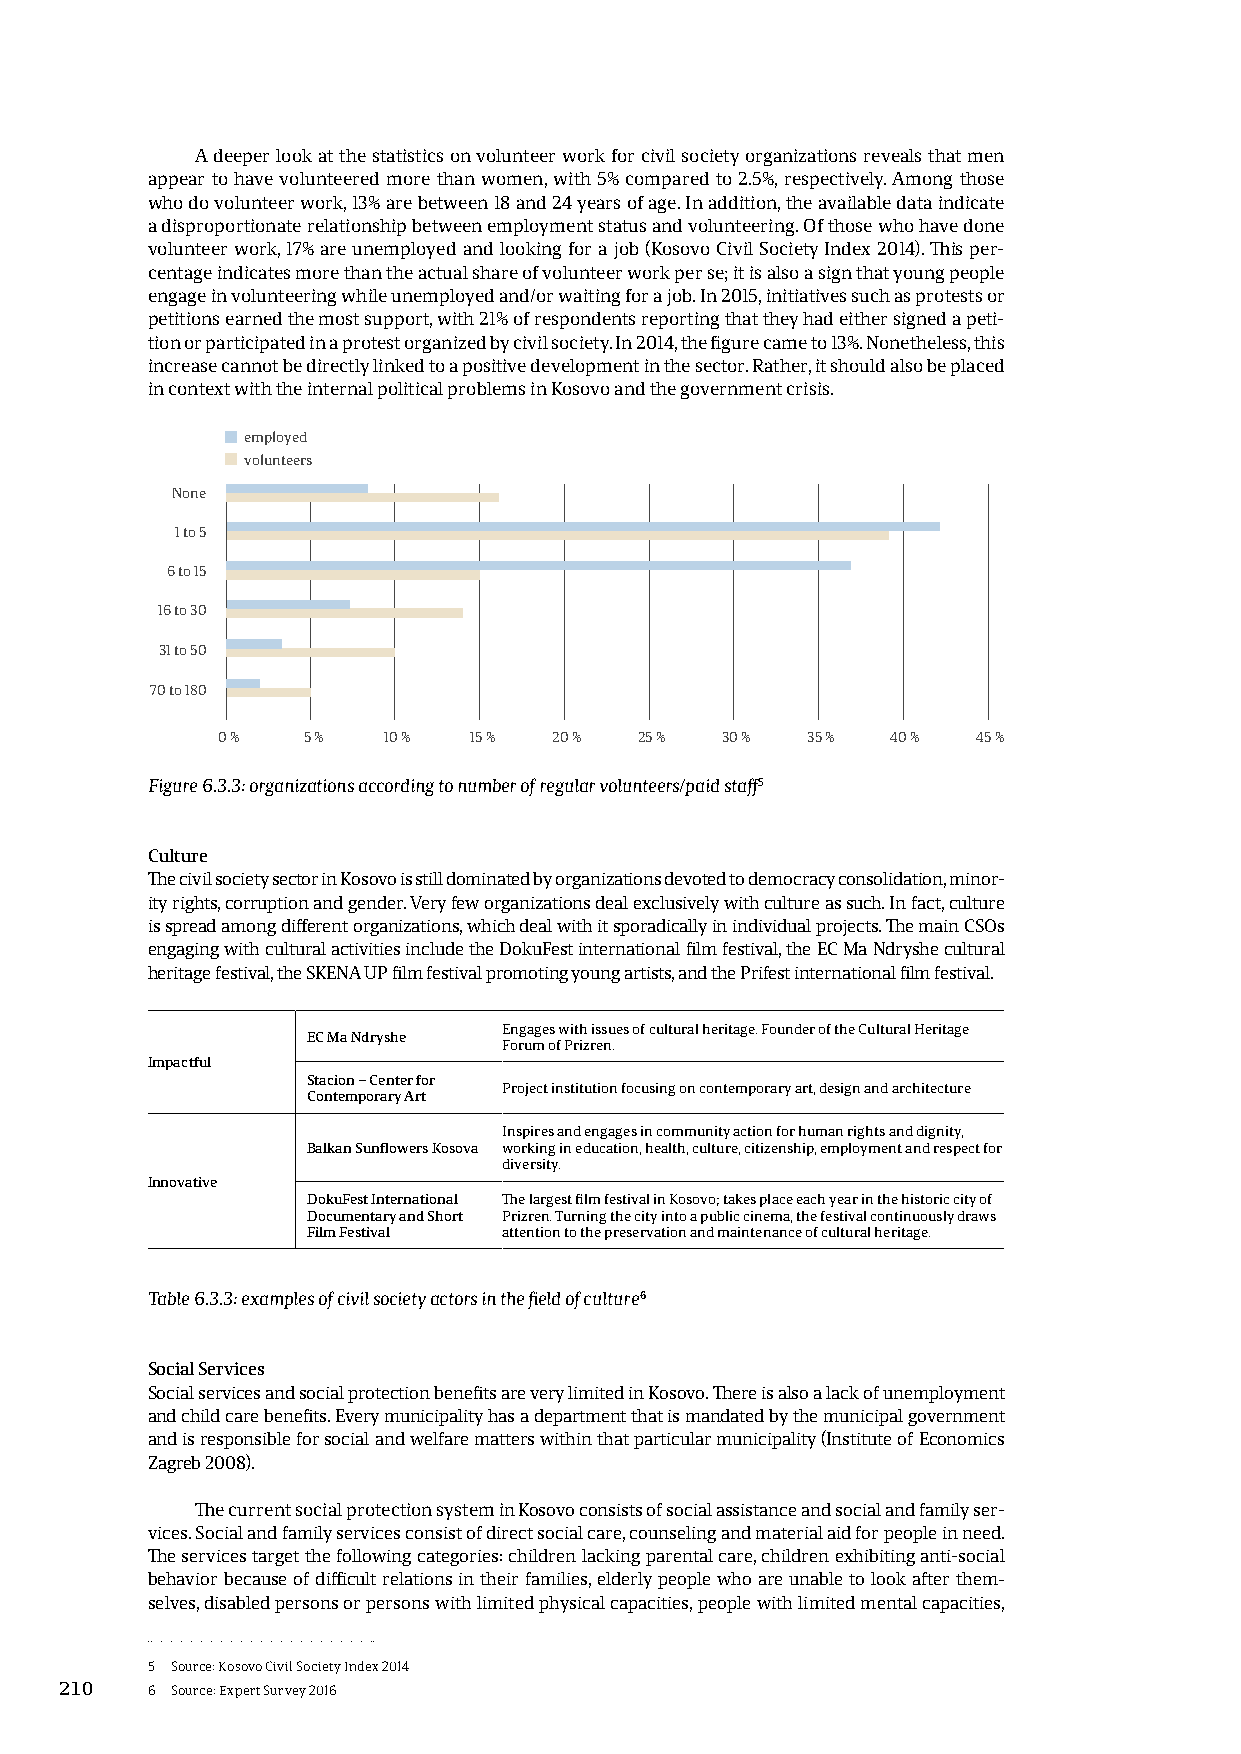
A deeper look at the statistics on volunteer work for civil society organizations reveals that men
 appear to have volunteered more than women, with 5% compared to 2.5%, respectively. Among those
 who do volunteer work, 13% are between 18 and 24 years of age. In addition, the available data indicate
 a disproportionate relationship between employment status and volunteering. Of those who have done
 volunteer work, 17% are unemployed and looking for a job (Kosovo Civil Society Index 2014). This per-
 centage indicates more than the actual share of volunteer work per se; it is also a sign that young people
 engage in volunteering while unemployed and/or waiting for a job. In 2015, initiatives such as protests or
 petitions earned the most support, with 21% of respondents reporting that they had either signed a peti-
 tion or participated in a protest organized by civil society. In 2014, the figure came to 13%. Nonetheless, this
 increase cannot be directly linked to a positive development in the sector. Rather, it should also be placed
 in context with the internal political problems in Kosovo and the government crisis.
 employed
 volunteers
 None
 1 to 5
 6 to 15
 16 to 30
 31 to 50
 70 to 180
 0 %   5 %  10 %  15 %  20 % 25 %  30 % 35 %  40 %  45 %
 Figure 6.3.3: organizations according to number of regular volunteers/paid staff5
 Culture
 The civil society sector in Kosovo is still dominated by organizations devoted to democracy consolidation, minor-
 ity rights, corruption and gender. Very few organizations deal exclusively with culture as such. In fact, culture
 is spread among different organizations, which deal with it sporadically in individual projects. The main CSOs
 engaging with cultural activities include the DokuFest international film festival, the EC Ma Ndryshe cultural
 heritage festival, the SKENA UP film festival promoting young artists, and the Prifest international film festival.
 Engages with issues of cultural heritage. Founder of the Cultural Heritage
 EC Ma Ndryshe
 Forum of Prizren.
 Impactful
 Stacion – Center for
 Project institution focusing on contemporary art, design and architecture
 Contemporary Art
 Inspires and engages in community action for human rights and dignity,
 Balkan Sunflowers Kosova working in education, health, culture, citizenship, employment and respect for
 diversity.
 Innovative
 DokuFest International The largest film festival in Kosovo; takes place each year in the historic city of
 Documentary and Short Prizren. Turning the city into a public cinema, the festival continuously draws
 Film Festival attention to the preservation and maintenance of cultural heritage.
 Table 6.3.3: examples of civil society actors in the field of culture6
 Social Services
 Social services and social protection benefits are very limited in Kosovo. There is also a lack of unemployment
 and child care benefits. Every municipality has a department that is mandated by the municipal government
 and is responsible for social and welfare matters within that particular municipality (Institute of Economics
 Zagreb 2008).
 The current social protection system in Kosovo consists of social assistance and social and family ser-
 vices. Social and family services consist of direct social care, counseling and material aid for people in need.
 The services target the following categories: children lacking parental care, children exhibiting anti-social
 behavior because of difficult relations in their families, elderly people who are unable to look after them-
 selves, disabled persons or persons with limited physical capacities, people with limited mental capacities,
 5 Source: Kosovo Civil Society Index 2014
 210   6 Source: Expert Survey 2016